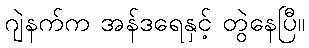
ဂျဲနက်က အန်ဒရေနှင့် တွဲနေပြီ။